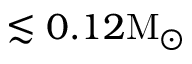
\lesssim 0 . 1 2 \mathrm { M _ { \odot } }